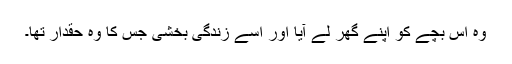
وہ اس بچے کو اپنے گھر لے آیا اور اسے زندگی بخشی جس کا وہ حقدار تھا۔